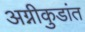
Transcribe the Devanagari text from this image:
अग्नीकुडांत